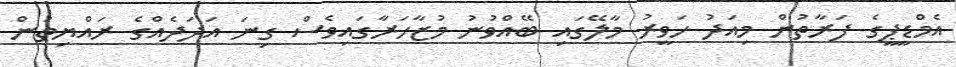
އެމްޑީޕީގެ ފަރާތުން މިއަދު ހަވީރު މާލޭގައި ބޭއްވުނު މުޒާހަރާގައިވެސް ގިނަ އަދަދެއްގެ ރައްޔިތުން